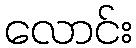
လောင်း